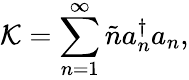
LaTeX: {\cal K}=\sum_{n=1}^{\infty}\tilde{n}a_{n}^{\dagger}a_{n},